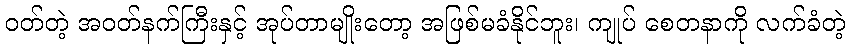
ဝတ်တဲ့ အဝတ်နက်ကြီးနှင့် အုပ်တာမျိုးတော့ အဖြစ်မခံနိုင်ဘူး၊ ကျုပ် စေတနာကို လက်ခံတဲ့